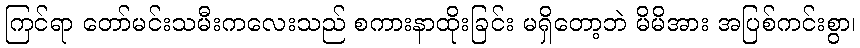
ကြင်ရာ တော်မင်းသမီးကလေးသည် စကားနာထိုးခြင်း မရှိတော့ဘဲ မိမိအား အပြစ်ကင်းစွာ၊